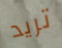
تريد